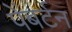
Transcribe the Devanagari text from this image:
पेंबर्टन